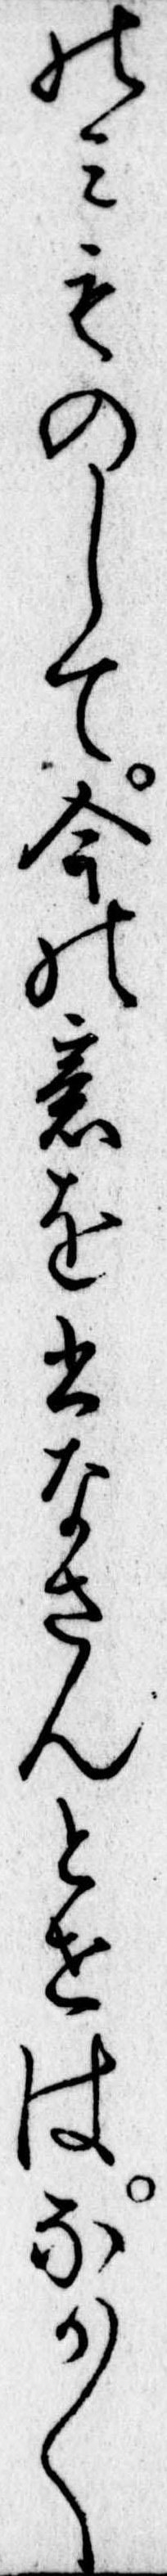
のみものして今の意を書なさんとせはなか〱